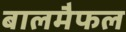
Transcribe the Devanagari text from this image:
बालमैफल